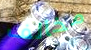
مخالف